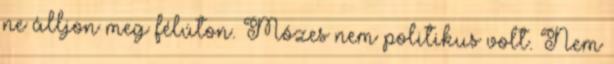
ne álljon meg félúton. Mózes nem politikus volt. Nem